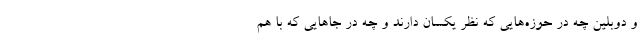
و دوبلین چه در حوزه‌هایی که نظر یکسان دارند و چه در جاهایی که با هم